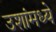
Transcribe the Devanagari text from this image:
उशांमध्ये